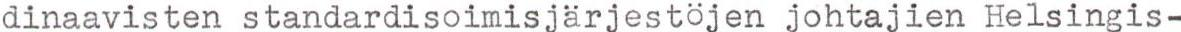
dinaavisten standardisoimisjärjestöjen johtajien Helsingis-